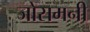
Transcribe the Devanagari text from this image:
जोसमनी